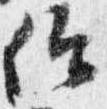
仰